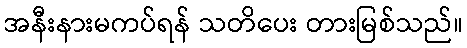
အနီးနားမကပ်ရန် သတိပေး တားမြစ်သည်။